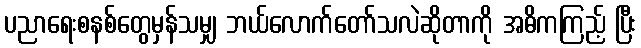
ပညာရေးစနစ်တွေမှန်သမျှ ဘယ်လောက်တော်သလဲဆိုတာကို အဓိကကြည့် ပြီး